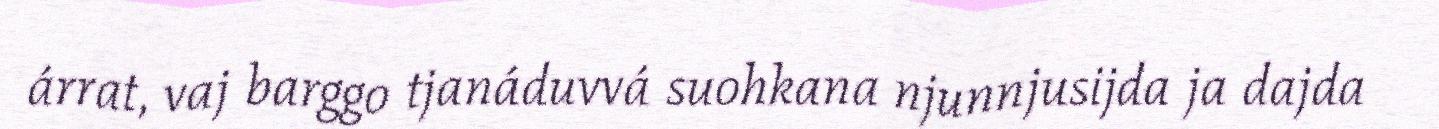
árrat, vaj barggo tjanáduvvá suohkana njunnjusijda ja dajda